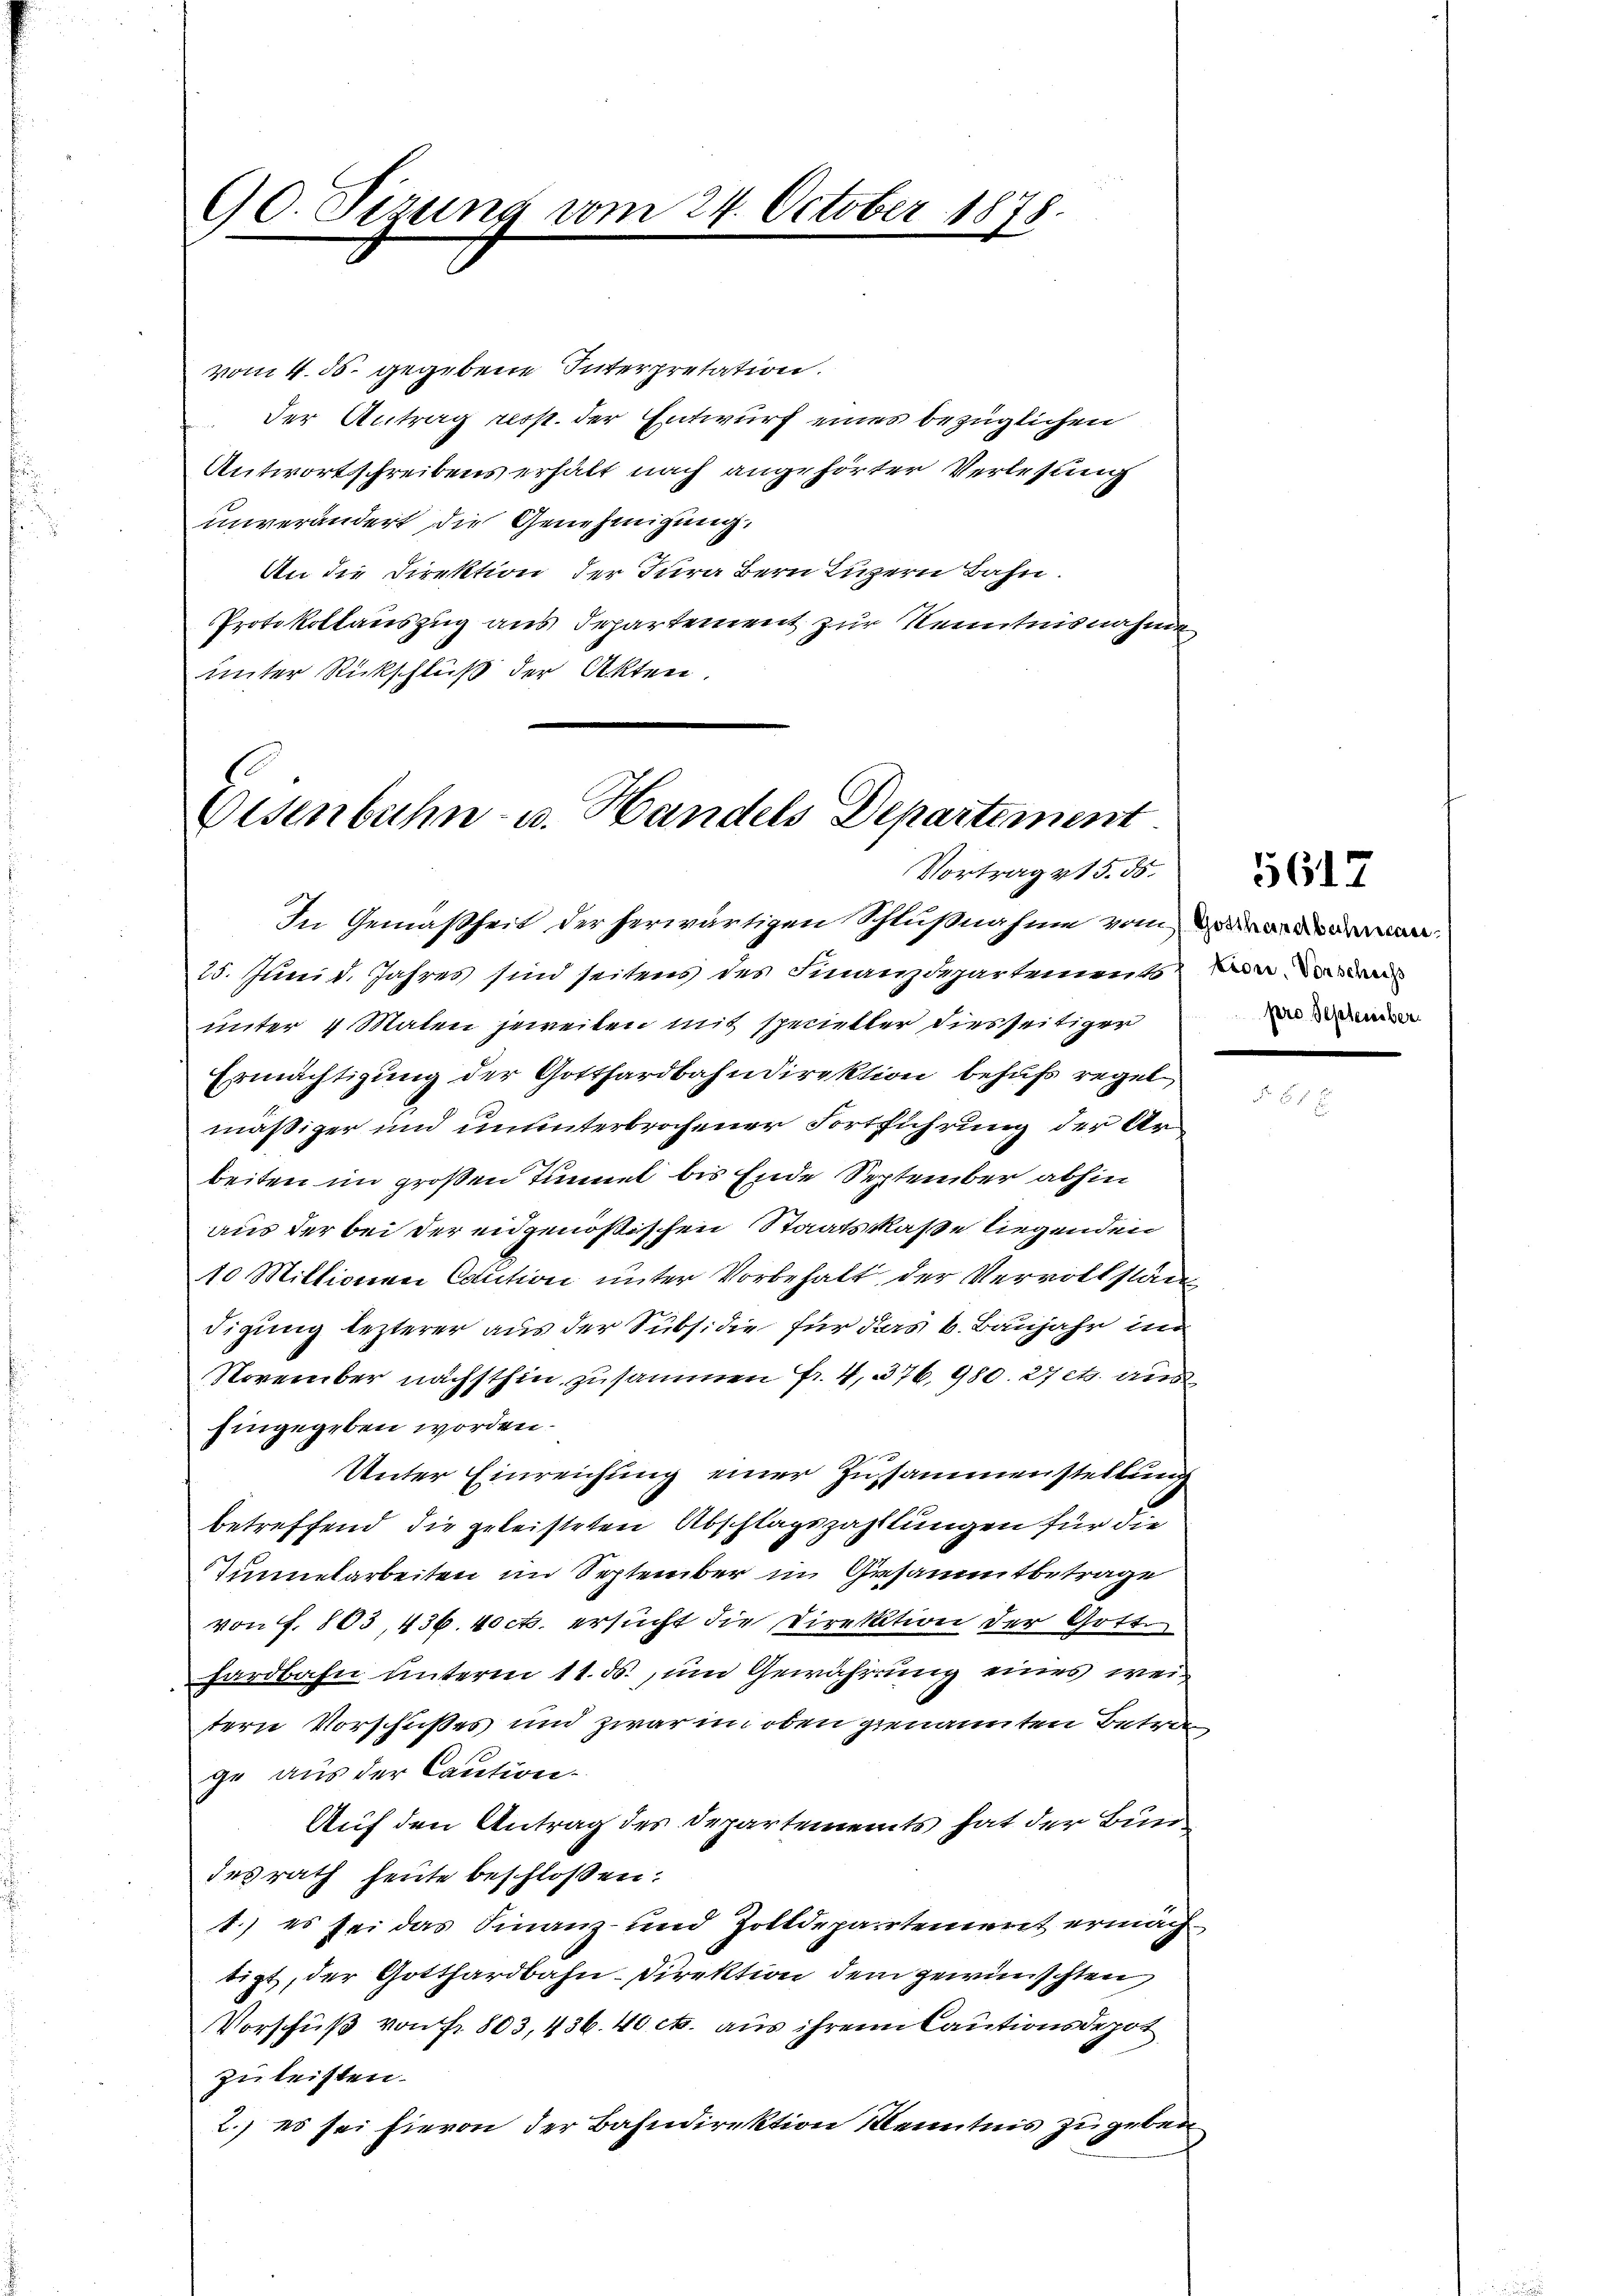
vom 4. 55. gegebene Interpretation.
der Antrag resp. der Entwurf eines bezüglichen
Antwortschreibens erhält nach angehörter Verlesung
unverändert die Genehmigung.
An die Direktion der Jura Bern Luzern Bahn.
Protokollauszug aus Departement zur Kenntnisnahme
unter Rückschluß der Akten.

60. Sizung vom 24. October 1878.

Eisenbahn- u. Handels Departement
Vortrag 215. ds.
In Gemäßheit der herwärtigen Schlußnahme vom anderen.

75. Juni d. Jahres sind seitens des Finanzdepartements von
unter 4 Maten jeweiben mit specieller diesseitiger
Ermächtigung der Gotthardbahndirektion behufs regel,
mäßiger und ununterbrochener Fortführung der Arbeiten im großen Tunnet bis Ende September abhin
aus der bei der eidgenößischen Staatsklaße liegenden
10 Mittionen Caution unter Vorbehalt, der Vervollstän
digung lezterer aus der Subsidie für das b. Baujahr in
November nächsthin zusammen Fr. 4, 376, 980. 27 et aus
hingegeben worden.
Unter Einreichung einer Zusammenstellung
betreffend die geleisteten Abschlagszahllungen für die
Tunnetarbeiten im September in Gesammtbetrage
von f. 803, 436. 40 c. ersucht die Direktion der Gotte
hardbahn unterm 11. ds., um Gewährung eines weitern Vorschußes und zwar im oben genannten Betrag
ge aus der Caution.
Auf den Antrag des Departements hat der Bundesrath heute beschloßen:
1.) es sei das Finanz- und Zolldepartement ermachtigt, der Gotthardbahn-Direktion dem gewünschten
Vorschuß von Fr. 803, 436. 40 cts. aus ihren Cautionsdepot
zu leisten.
2.) es sei hievon der Bahndirektion Kenntnis zu geben

pro September

5617